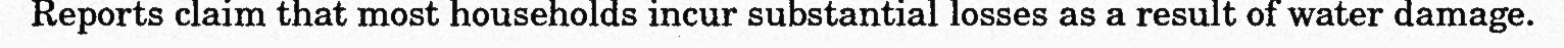
Reports claim that most households incur substantial losses as a result of water damage.